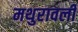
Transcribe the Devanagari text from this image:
मथुरावली